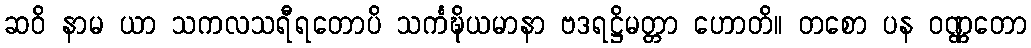
ဆဝိ နာမ ယာ သကလသရီရတောပိ သင်္ကဍ္ဎိယမာနာ ဗဒရဋ္ဌိမတ္တာ ဟောတိ။ တစော ပန ဝဏ္ဏတော